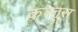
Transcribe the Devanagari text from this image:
कल्तूरा